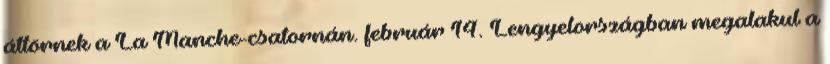
áttörnek a La Manche-csatornán. február 14. Lengyelországban megalakul a